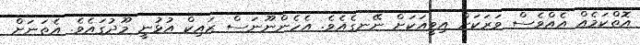
އޮތްކަމެއް އެއްވެސް ވަރަކަށް އިވީއަކަށް ނޭނގެއެވެ. އެހެންނޫނަސް ޒައިކް އުޅުނީ މޫދުގައެވެ. އެތަނަށް